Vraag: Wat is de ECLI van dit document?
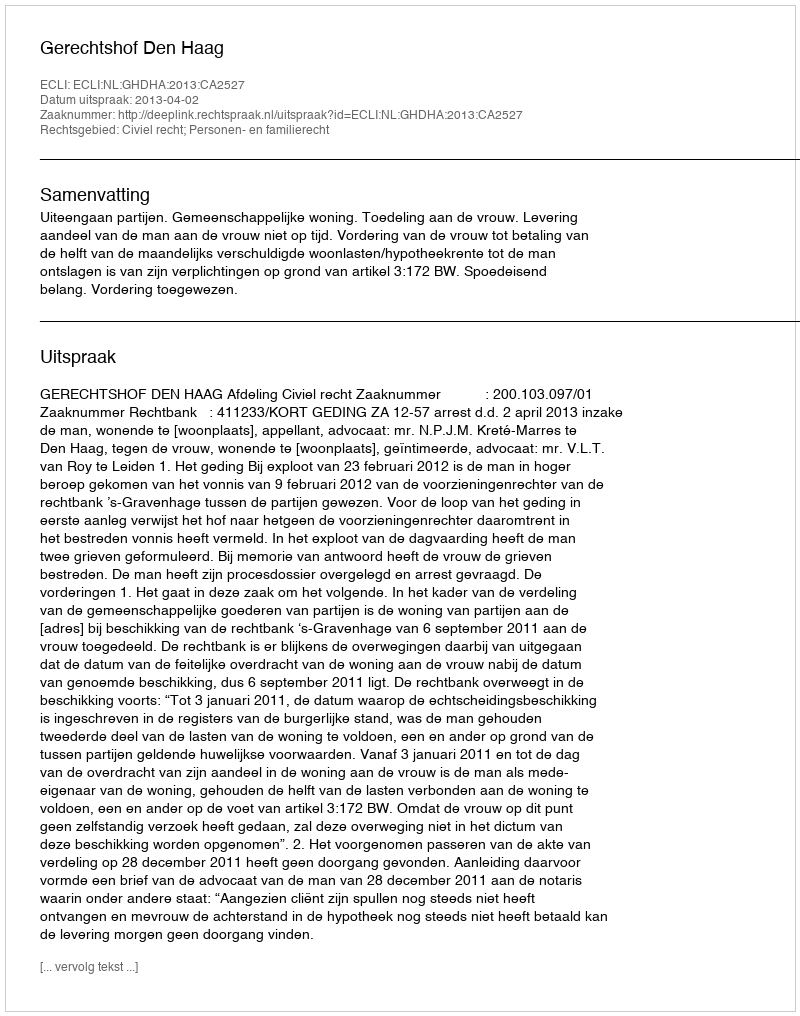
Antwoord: ECLI:NL:GHDHA:2013:CA2527